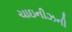
ચાઇનીઝની